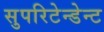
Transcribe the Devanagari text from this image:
सुपरिटेन्डेन्ट